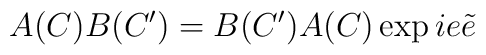
A(C) B(C') = B(C') A(C) \exp i e \tilde{e}